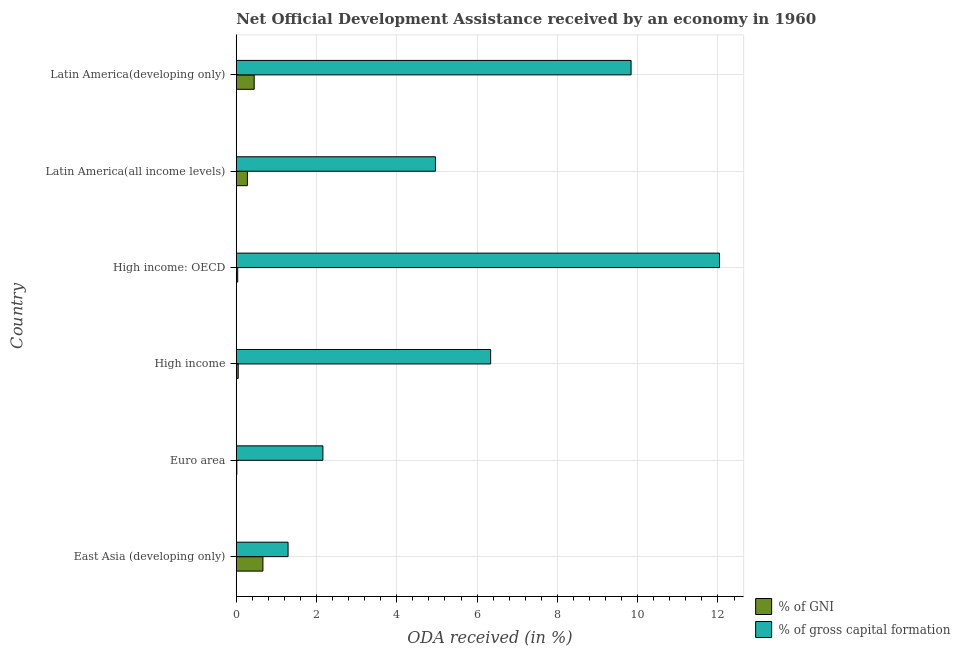
| Country | % of GNI | % of gross capital formation |
 | --- | --- | --- |
 | East Asia (developing only) | 0.664 | 1.29 |
 | Euro area | 0.0147 | 2.16 |
 | High income | 0.0491 | 6.34 |
 | High income: OECD | 0.036 | 12 |
 | Latin America(all income levels) | 0.277 | 4.96 |
 | Latin America(developing only) | 0.447 | 9.84 |